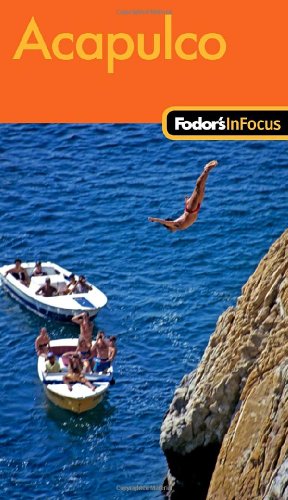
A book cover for Fodor's In Focus Acapulco, 1st Edition (Travel Guide); Fodor's; Travel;